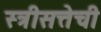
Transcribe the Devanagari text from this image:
स्त्रीसत्तेची